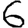
Digit: 6